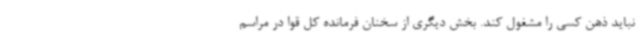
نباید ذهن کسی را مشغول کند. بخش دیگری از سخنان فرمانده کل قوا در مراسم